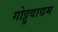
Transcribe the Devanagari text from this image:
गोट्टुवाद्यम